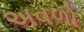
અવળો